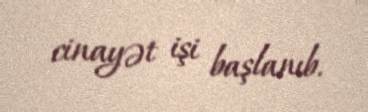
cinayət işi başlanıb.